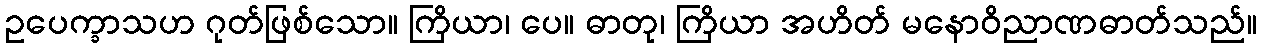
ဥပေက္ခာသဟ ဂုတ်ဖြစ်သော။ ကြိယာ၊ ပေ။ ဓာတု၊ ကြိယာ အဟိတ် မနောဝိညာဏဓာတ်သည်။